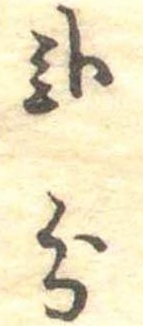
弐分